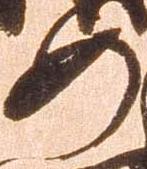
如